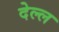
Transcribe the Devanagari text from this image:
देल्ल